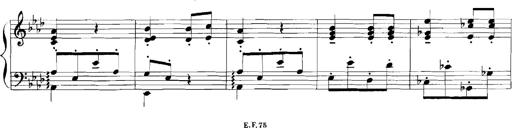
Title: Rhapsodies hongroises
Composer: Franz Liszt